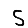
Digit: 5